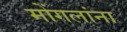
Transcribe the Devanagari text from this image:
मोंगलांना